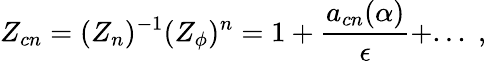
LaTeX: Z_{cn}=({Z}_{n})^{-1}(Z_{\phi})^{n}=1+\frac{a_{cn}(\alpha)}{\epsilon}+...\; ,